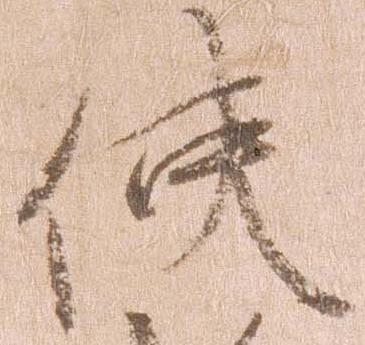
使